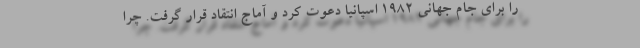
را برای جام جهانی 1982 اسپانیا دعوت کرد و آماج انتقاد قرار گرفت. چرا